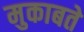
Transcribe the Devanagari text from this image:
मुकाबते